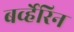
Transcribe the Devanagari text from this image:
बर्व्हेरिन